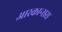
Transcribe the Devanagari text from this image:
आरकान्सस